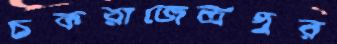
চকরাজেন্দ্রপুর